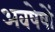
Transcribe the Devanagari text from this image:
अवषेषों